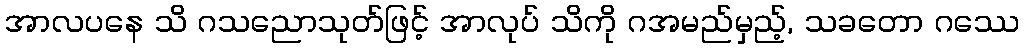
အာလပနေ သိ ဂသညောသုတ်ဖြင့် အာလုပ် သိကို ဂအမည်မှည့်, သခတော ဂဿေ